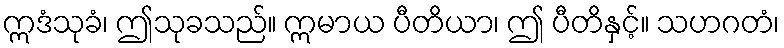
ဣဒံသုခံ၊ ဤသုခသည်။ ဣမာယ ပီတိယာ၊ ဤ ပီတိနှင့်။ သဟဂတံ၊